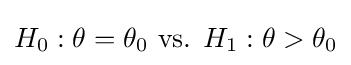
H_{0}:\theta =\theta _{0}{\text{ vs. }}H_{1}:\theta >\theta _{0}